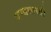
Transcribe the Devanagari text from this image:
दण्डशास्त्री